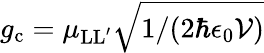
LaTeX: g_{\mathrm{c}}={\mu_{\mathrm{LL^{\prime}}}}\sqrt{1/(2\hbar\epsilon_{0}\mathcal{V})}